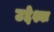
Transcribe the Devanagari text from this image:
उद्देश्यः